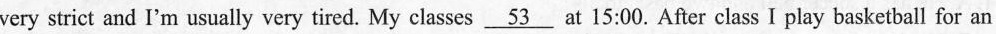
very strict and I'm usually very tired. My classes \underline{53} at 15:00. After class I play basketball for an